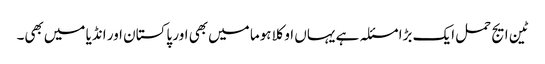
ٹین ایج حمل ایک بڑا مسئلہ ہے یہاں‌ اوکلاہوما میں‌بھی اور پاکستان اور انڈیا میں‌بھی۔